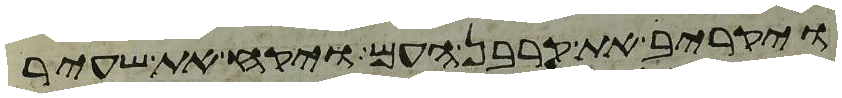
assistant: ויקריב את קרבן העם ויקח את שעיר